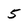
Character: 5